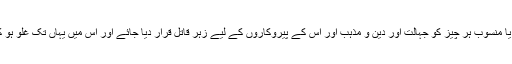
لیکن یہ بھی کوئی دلیل علم و ہدایت نہیں کہ مغرب کو معیارِ باطل سمجھتے ہوئے اس سے متعلق یا منسوب ہر چیز کو جہالت اور دین و مذہب اور اس کے پیروکاروں کے لیے زہر قاتل قرار دیا جائے اور اس میں یہاں تک غلو ہو کہ شریعت کے بہت سے واضح نصوص کا انکار لازم آئے یا ان کی دورازکار تاویلات کرنا پڑیں۔